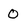
Character: 0